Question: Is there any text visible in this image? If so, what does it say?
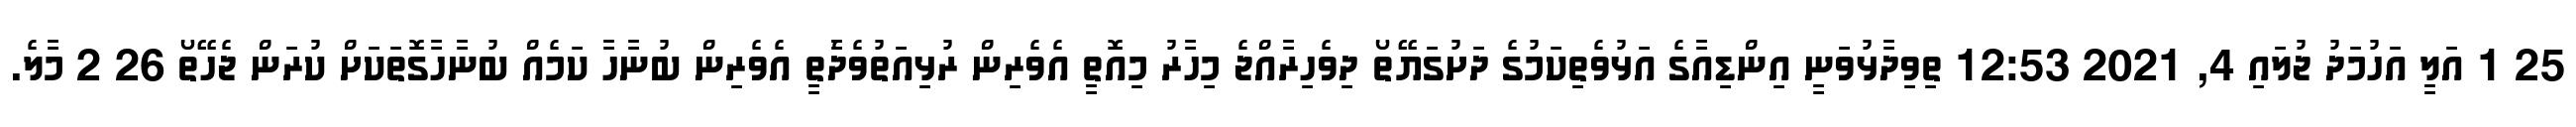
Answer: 25 1 އަލީ އަހުމަދު ޖުލައި 4, 2021 12:53 ތިވިދާޅުވަނީ އިންޑިއާގެ އަޅުވެތިކަމުގެ ދަށުގަޔޭތޯ ދިވެހިރާއްޖެ މިހާރު މިއޮތީ އެވެރިން ރުޅިއަތުވެދާެތީ އެވެރިން ބުނާހާ ކަމެއް ބުނާހާގޮތަކަށް ކުރަން ޖެހޭތޯ 26 2 މާލެ.